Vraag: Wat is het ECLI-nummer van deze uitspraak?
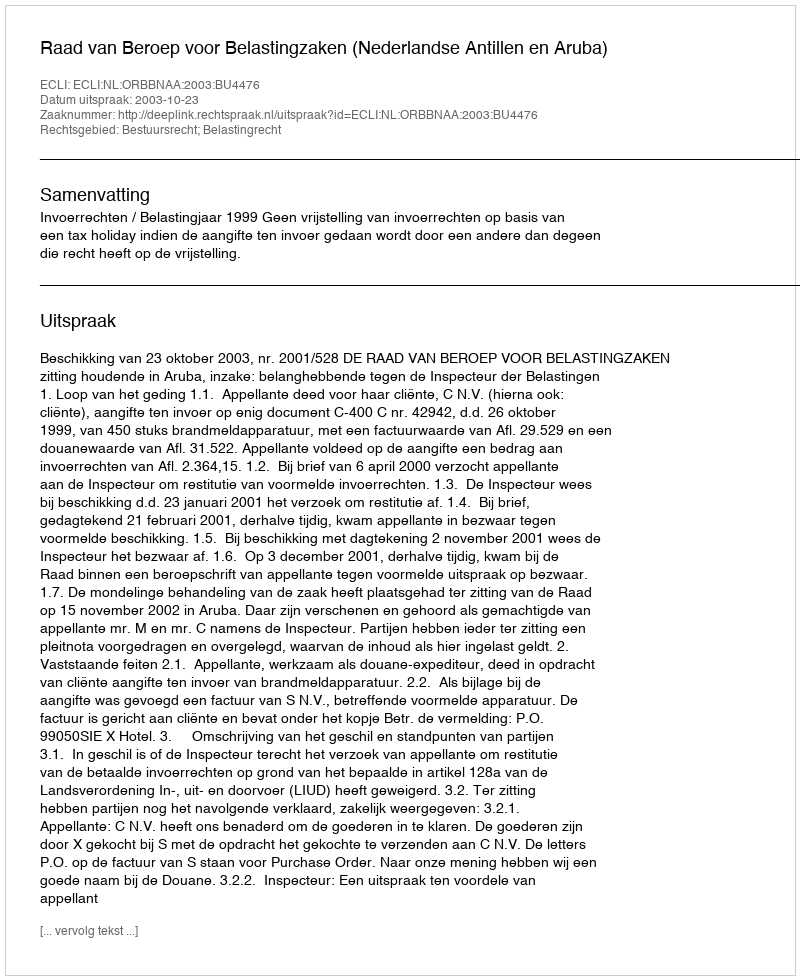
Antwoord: ECLI:NL:ORBBNAA:2003:BU4476